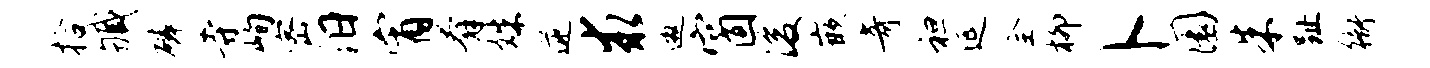
拾臧磷寺峋密汨宵奔姝逆求邀窗浚嵌奇袒延全柳卜圜朱趾衙